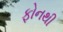
ફોનથી